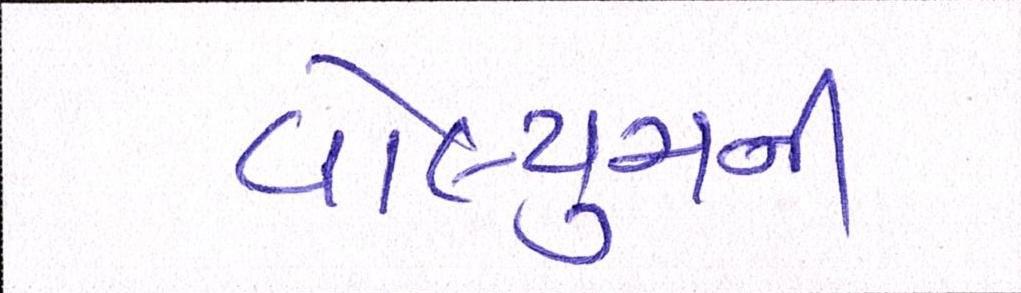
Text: વોલ્યુમની